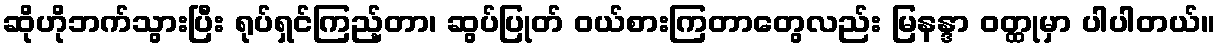
ဆိုဟိုဘက်သွားပြီး ရုပ်ရှင်ကြည့်တာ၊ ဆွပ်ပြုတ် ဝယ်စားကြတာတွေလည်း မြနန္ဒာ ဝတ္ထုမှာ ပါပါတယ်။